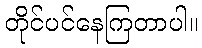
တိုင်ပင်နေကြတာပါ။